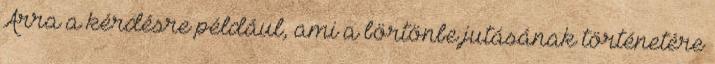
Arra a kérdésre például, ami a börtönbe jutásának történetére